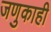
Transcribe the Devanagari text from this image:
जणुकाही